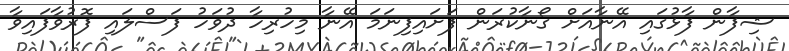
ޝިފާން ފާޅުގައި އޭނާއަށް ގޯނާކުރަން ފަށައިފިނަމަ އޭނާ މިހުރިހާ ދުވަހު ފަސްލައި ފޮރުވާފައިވާ